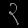
Digit: ၃